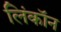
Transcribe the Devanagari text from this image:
लिंकॉन